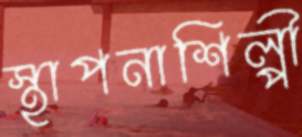
স্থাপনাশিল্পী